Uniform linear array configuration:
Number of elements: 4
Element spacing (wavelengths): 0.75
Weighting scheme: kaiser
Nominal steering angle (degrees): -30
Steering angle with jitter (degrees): -29.046
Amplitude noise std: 0.05
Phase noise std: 0.05

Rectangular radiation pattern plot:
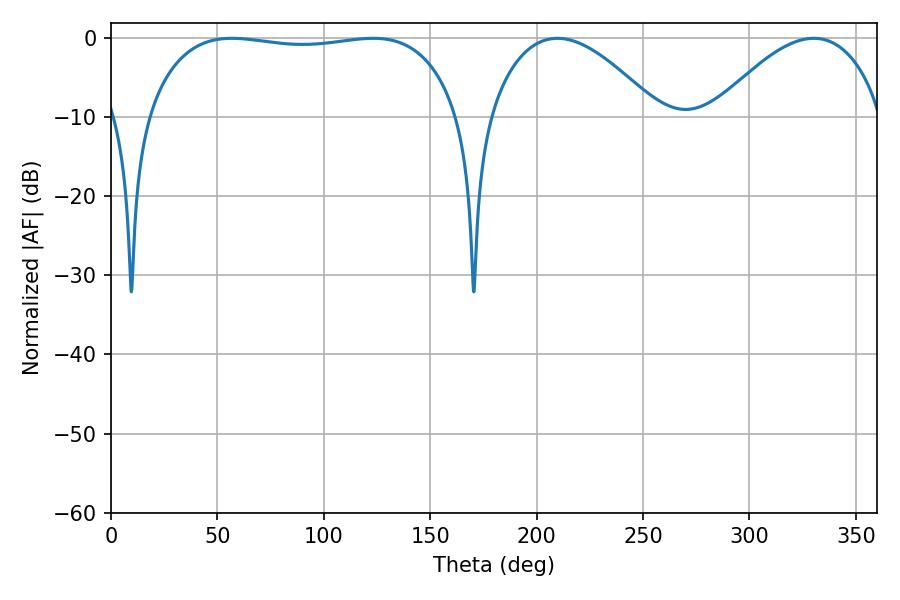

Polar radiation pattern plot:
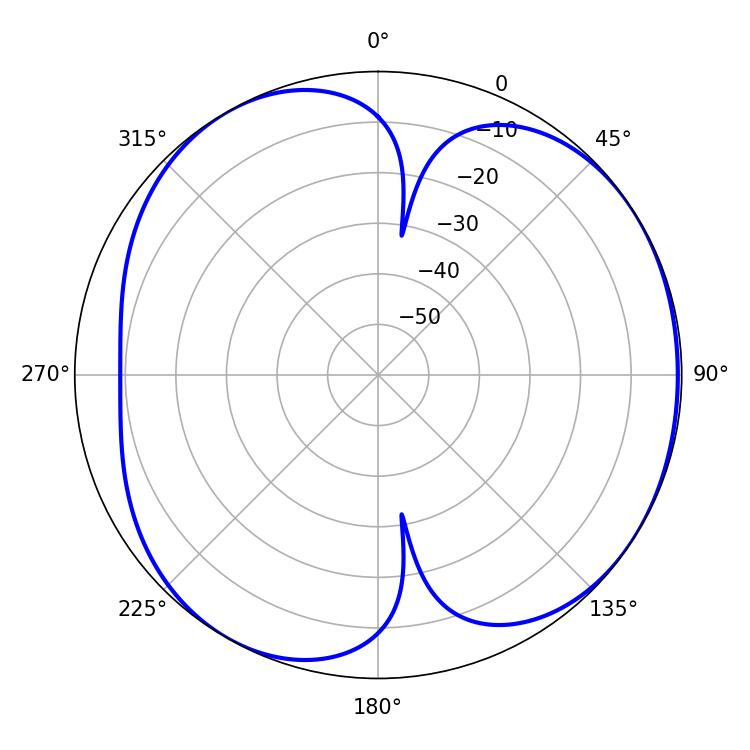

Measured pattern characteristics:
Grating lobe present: TRUE
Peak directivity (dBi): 4.86
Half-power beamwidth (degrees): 117.36
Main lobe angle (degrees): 56.88